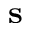
\mathbf { s }